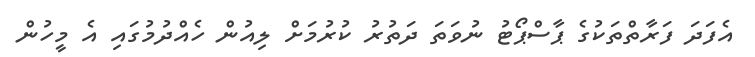
އެފަަދަ ފަރާތްތަކުގެ ޕާސްޕޯޓު ނުވަތަ ދަތުރު ކުރުމަށް ލިއުން ހެއްދުމުގައި އެ މީހުން